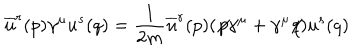
LaTeX: \overline { { { u } } } ^ { r } ( p ) \gamma ^ { \mu } u ^ { s } ( q ) = \frac { 1 } { 2 m } \overline { { { u } } } ^ { r } ( p ) ( \not { \! p } \gamma ^ { \mu } + \gamma ^ { \mu } \! \! \not { \! q } ) u ^ { s } ( q )